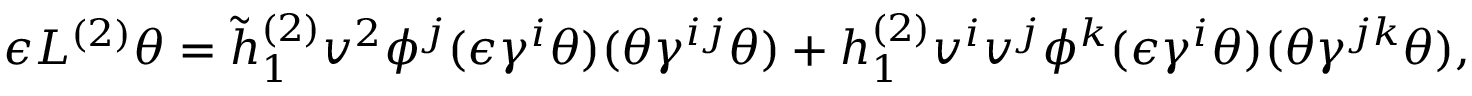
\epsilon L ^ { ( 2 ) } \theta = \tilde { h } _ { 1 } ^ { ( 2 ) } v ^ { 2 } \phi ^ { j } ( \epsilon \gamma ^ { i } \theta ) ( \theta \gamma ^ { i j } \theta ) + h _ { 1 } ^ { ( 2 ) } v ^ { i } v ^ { j } \phi ^ { k } ( \epsilon \gamma ^ { i } \theta ) ( \theta \gamma ^ { j k } \theta ) ,